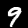
Label: 9